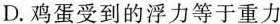
D.鸡蛋受到的浮力等于重力